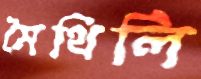
মৈথিলি